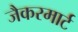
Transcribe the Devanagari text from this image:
जैकरमार्ट